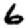
Digit: 6